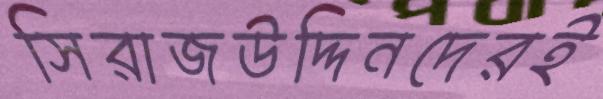
সিরাজউদ্দিনদেরই